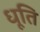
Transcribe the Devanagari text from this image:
धूति